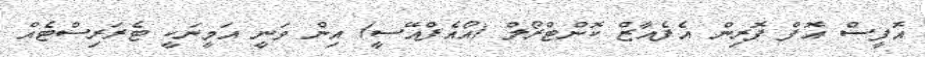
އޮފީސް އޮފް ފޮރިން އެފެއާޒް ކޮންޓްރޯލް (އޯއެފްއޭސީ) އިން ވަނީ އަމީނަކީ ޓެރަރިސްޓެއް